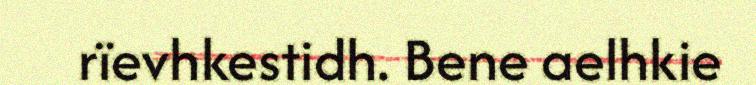
rïevhkestidh. Bene aelhkie